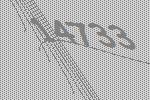
14733